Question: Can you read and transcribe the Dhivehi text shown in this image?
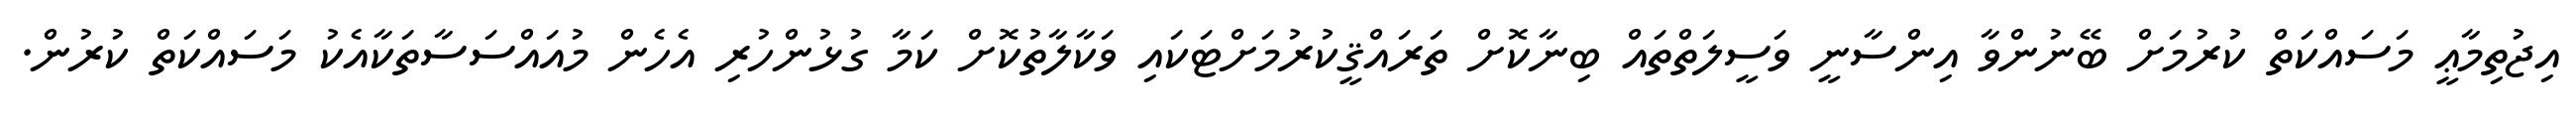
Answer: އިޖުތިމާޢީ މަސައްކަތް ކުރުމަށް ބޭނުންވާ އިންސާނީ ވަސީލަތްތައް ބިނާކޮށް ތަރައްޤީކުރުމަށްޓަކައި ވަކާލާތުކޮށް ކަމާ ގުޅުންހުރި އެހެން މުއައްސަސާތަކާއެކު މަސައްކަތް ކުރުން.